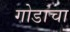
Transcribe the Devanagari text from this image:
गोडाचा